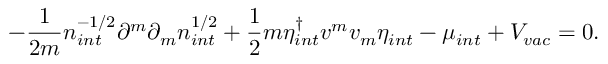
- \frac { 1 } { 2 m } n _ { i n t } ^ { - 1 / 2 } \partial ^ { m } \partial _ { m } n _ { i n t } ^ { 1 / 2 } + \frac { 1 } { 2 } m \eta _ { i n t } ^ { \dagger } v ^ { m } v _ { m } \eta _ { i n t } - \mu _ { i n t } + V _ { v a c } = 0 .